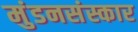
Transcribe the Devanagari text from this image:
मुंडनसंस्कार